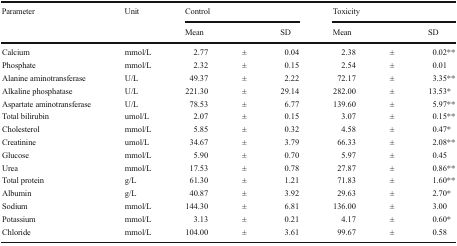
<table><thead><tr><td rowspan="2"><b>Parameter</b></td><td rowspan="2"><b>Unit</b></td><td colspan="3"><b>Control</b></td><td colspan="3"><b>Toxicity</b></td></tr><tr><td><b>Mean</b></td><td></td><td><b>SD</b></td><td><b>Mean</b></td><td></td><td><b>SD</b></td></tr></thead><tbody><tr><td>Calcium</td><td>mmol/L</td><td>2.77</td><td>±</td><td>0.04</td><td>2.38</td><td>±</td><td>0.02**</td></tr><tr><td>Phosphate</td><td>mmol/L</td><td>2.32</td><td>±</td><td>0.15</td><td>2.54</td><td>±</td><td>0.01</td></tr><tr><td>Alanine aminotransferase</td><td>U/L</td><td>49.37</td><td>±</td><td>2.22</td><td>72.17</td><td>±</td><td>3.35**</td></tr><tr><td>Alkaline phosphatase</td><td>U/L</td><td>221.30</td><td>±</td><td>29.14</td><td>282.00</td><td>±</td><td>13.53*</td></tr><tr><td>Aspartate aminotransferase</td><td>U/L</td><td>78.53</td><td>±</td><td>6.77</td><td>139.60</td><td>±</td><td>5.97**</td></tr><tr><td>Total bilirubin</td><td>umol/L</td><td>2.07</td><td>±</td><td>0.15</td><td>3.07</td><td>±</td><td>0.15**</td></tr><tr><td>Cholesterol</td><td>mmol/L</td><td>5.85</td><td>±</td><td>0.32</td><td>4.58</td><td>±</td><td>0.47*</td></tr><tr><td>Creatinine</td><td>umol/L</td><td>34.67</td><td>±</td><td>3.79</td><td>66.33</td><td>±</td><td>2.08**</td></tr><tr><td>Glucose</td><td>mmol/L</td><td>5.90</td><td>±</td><td>0.70</td><td>5.97</td><td>±</td><td>0.45</td></tr><tr><td>Urea</td><td>mmol/L</td><td>17.53</td><td>±</td><td>0.78</td><td>27.87</td><td>±</td><td>0.86**</td></tr><tr><td>Total protein</td><td>g/L</td><td>61.30</td><td>±</td><td>1.21</td><td>71.83</td><td>±</td><td>1.60**</td></tr><tr><td>Albumin</td><td>g/L</td><td>40.87</td><td>±</td><td>3.92</td><td>29.63</td><td>±</td><td>2.70*</td></tr><tr><td>Sodium</td><td>mmol/L</td><td>144.30</td><td>±</td><td>6.81</td><td>136.00</td><td>±</td><td>3.00</td></tr><tr><td>Potassium</td><td>mmol/L</td><td>3.13</td><td>±</td><td>0.21</td><td>4.17</td><td>±</td><td>0.60*</td></tr><tr><td>Chloride</td><td>mmol/L</td><td>104.00</td><td>±</td><td>3.61</td><td>99.67</td><td>±</td><td>0.58</td></tr></tbody></table>